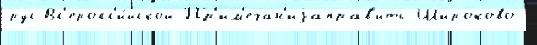
рус Вс'еросс'и́йской Пр'им'ечан'иjаправ'ить Широково